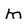
Character: m